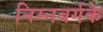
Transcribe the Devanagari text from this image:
निम्नबर्गके